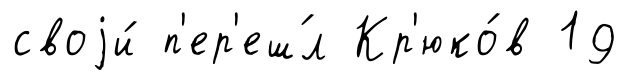
своjи́ п'ер'еш́л Кр'юко́в 19